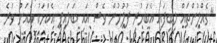
"ގެއްލުންތައް ލިބިފައި އެބަހުރި ފުލުހުން ވެސް އައި ބަލައިފި އެކަމަކު އެއަށް ވުރެ